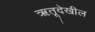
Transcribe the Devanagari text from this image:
ऋतूदेखील